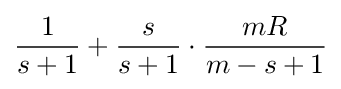
{\dfrac {1}{s+1}}+{\dfrac {s}{s+1}}\cdot {\dfrac {mR}{m-s+1}}